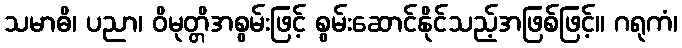
သမာဓိ၊ ပညာ၊ ဝိမုတ္တိအစွမ်းဖြင့် စွမ်းဆောင်နိုင်သည့်အဖြစ်ဖြင့်။ ဂရုကံ၊